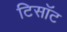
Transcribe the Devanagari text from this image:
टिसॉट